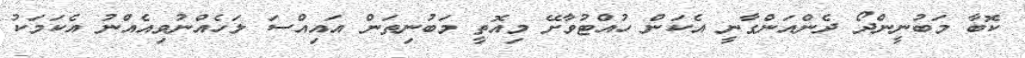
ކޮބާ މަބުނީންދޯ ދެންއަންގާނީ އެކަން ހުއްޓުވާށޭ މިއޮތީ މަބުނިތަން އައިއްސަ ލަހެއްނުވިއެއްނު އެކަމަކު